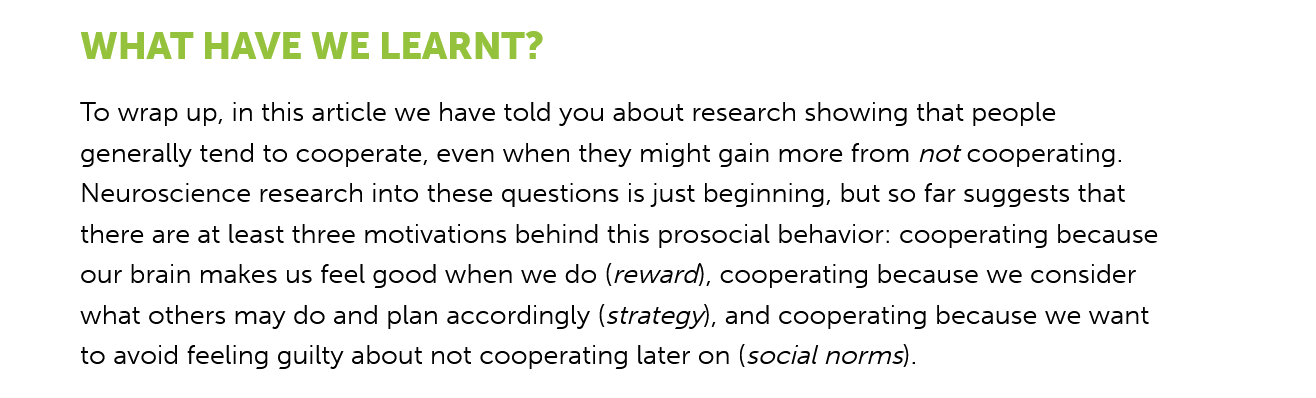
WHAT   HAVE    WE LEARNT?
     To wrap up, in this article we have told you about research showing that people
     generally tend to cooperate, even when they might gain more from not cooperating.
     Neuroscience research into these questions is just beginning, but so far suggests that
     there are at least three motivations behind this prosocial behavior: cooperating because
     our brain makes us feel good when we do (reward), cooperating because we consider
     what others may do and plan accordingly (strategy), and cooperating because we want
     to avoid feeling guilty about not cooperating later on (social norms).
     WHAT    HAVE    WE   LEARNT?
     To wrap up, in this article we have told you about research showing that people
     generally tend to cooperate, even when they might gain more from not cooperating.
     Neuroscience research into these questions is just beginning, but so far suggests that
     there are at least three motivations behind this prosocial behavior: cooperating because
     our brain makes us feel good when we do (reward), cooperating because we consider
     what others may do and plan accordingly (strategy), and cooperating because we want
     to avoid feeling guilty about not cooperating later on (social norms).